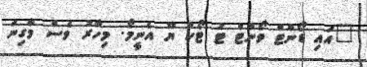
"އައި ޑޯންޓް ވޯންޓް ޓު ޓޯކް ޔޫ އެނީމޯ. މިހާރު ވެސް މާގިނަ